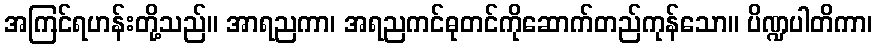
အကြင်ရဟန်းတို့သည်။ အာရညကာ၊ အရညကင်ဓုတင်ကိုဆောက်တည်ကုန်သော။ ပိဏ္ဍပါတိကာ၊